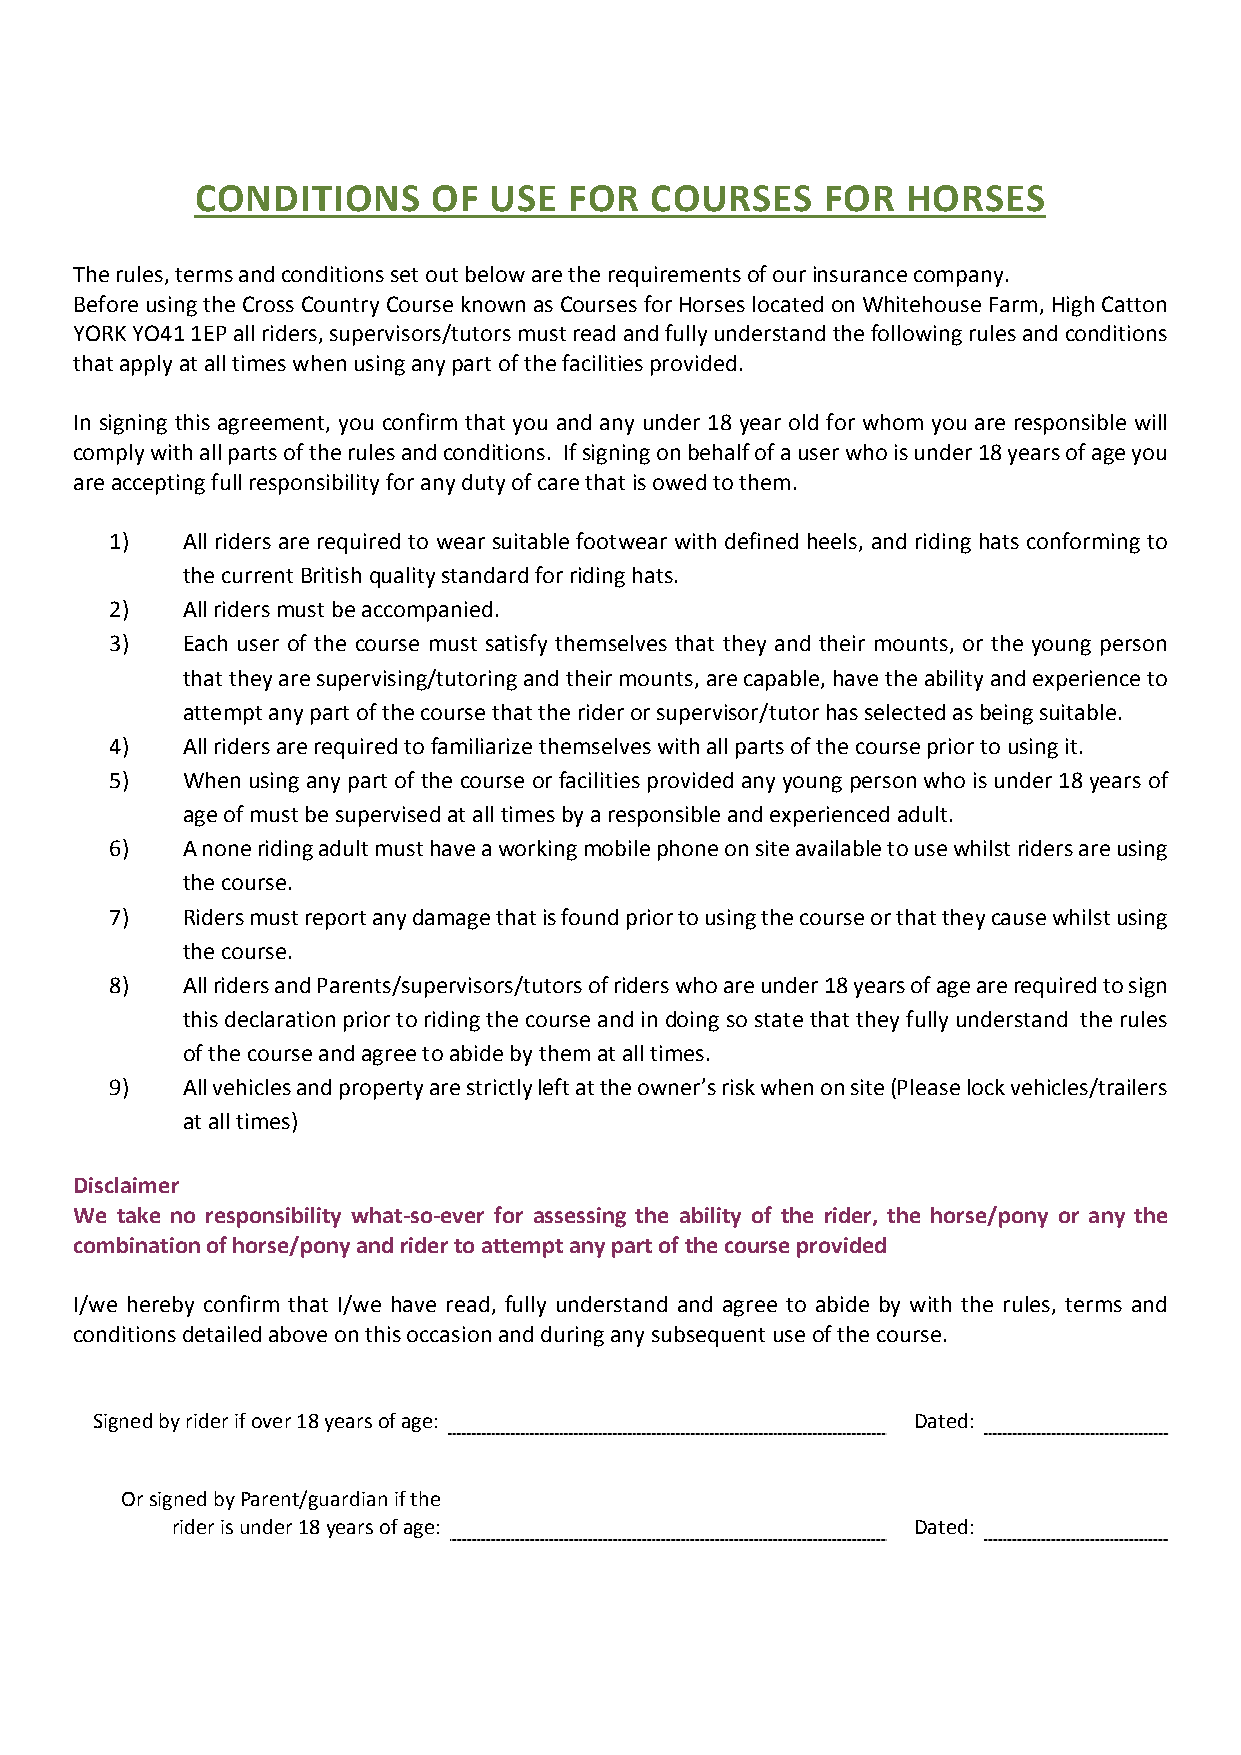
CONDITIONS      OF USE   FOR  COURSES    FOR   HORSES
 The rules, terms and conditions set out below are the requirements of our insurance company.
 Before using the Cross Country Course known as Courses for Horses located on Whitehouse Farm, High Catton
 YORK YO41 1EP all riders, supervisors/tutors must read and fully understand the following rules and conditions
 that apply at all times when using any part of the facilities provided.
 In signing this agreement, you confirm that you and any under 18 year old for whom you are responsible will
 comply with all parts of the rules and conditions. If signing on behalf of a user who is under 18 years of age you
 are accepting full responsibility for any duty of care that is owed to them.
 1)   All riders are required to wear suitable footwear with defined heels, and riding hats conforming to
 the current British quality standard for riding hats.
 2)   All riders must be accompanied.
 3)   Each user of the course must satisfy themselves that they and their mounts, or the young person
 that they are supervising/tutoring and their mounts, are capable, have the ability and experience to
 attempt any part of the course that the rider or supervisor/tutor has selected as being suitable.
 4)   All riders are required to familiarize themselves with all parts of the course prior to using it.
 5)   When using any part of the course or facilities provided any young person who is under 18 years of
 age of must be supervised at all times by a responsible and experienced adult.
 6)   A none riding adult must have a working mobile phone on site available to use whilst riders are using
 the course.
 7)   Riders must report any damage that is found prior to using the course or that they cause whilst using
 the course.
 8)   All riders and Parents/supervisors/tutors of riders who are under 18 years of age are required to sign
 this declaration prior to riding the course and in doing so state that they fully understand the rules
 of the course and agree to abide by them at all times.
 9)   All vehicles and property are strictly left at the owner’s risk when on site (Please lock vehicles/trailers
 at all times)
 Disclaimer
 We take no responsibility what‐so‐ever for assessing the ability of the rider, the horse/pony or any the
 combination of horse/pony and rider to attempt any part of the course provided
 I/we hereby confirm that I/we have read, fully understand and agree to abide by with the rules, terms and
 conditions detailed above on this occasion and during any subsequent use of the course.
 Signed by rider if over 18 years of age:              Dated:
 Or signed by Parent/guardian if the
 rider is under 18 years of age:                  Dated: